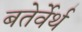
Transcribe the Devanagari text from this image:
बतेर्वेर्थ